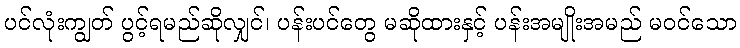
ပင်လုံးကျွတ် ပွင့်ရမည်ဆိုလျှင်၊ ပန်းပင်တွေ မဆိုထားနှင့် ပန်းအမျိုးအမည် မဝင်သော